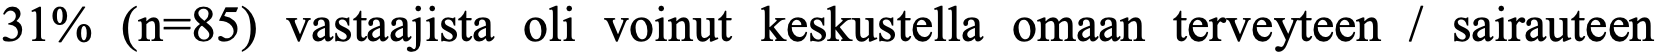
31% (n=85) vastaajista oli voinut keskustella omaan terveyteen / sairauteen